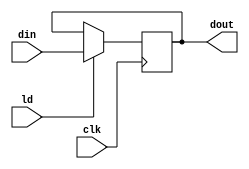
`timescale 1ns / 1ps
//////////////////////////////////////////////////////////////////////////////////
// Company: 
// Engineer: 
// 
// Design Name: 
// Module Name:    pipo 
// Project Name: 
// Target Devices: 
// Tool versions: 
// Description: 
//
// Dependencies: 
//
// Revision: 
// Revision 0.01 - File Created
// Additional Comments: 
//
//////////////////////////////////////////////////////////////////////////////////
module pipo(dout,din,ld,clk);
input[15:0] din;
input ld;
input clk;
output reg [15:0] dout;
always @(posedge clk)
if(ld) dout <= din;
endmodule